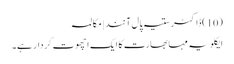
(10)ڈاکٹر ستیہ پال آنند | مکالمہ
ایکلویہ مہا بھارت کا ایک اچھوت کردار ہے۔